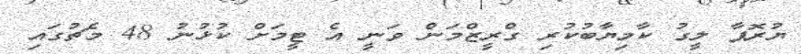
ޔުރޮޕާ ލީގު ކާމިޔާބުކުރި ގްރީޒްމަން ވަނީ އެ ޓީމަށް ކުޅުނު 48 މެޗުގައި